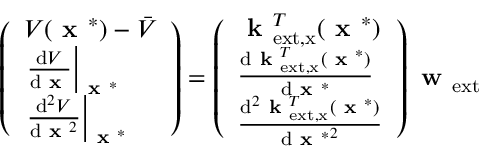
\left( \begin{array} { l } { V ( \textbf { x } ^ { * } ) - \bar { V } } \\ { \left. \frac { \mathrm { d } V } { \mathrm { d } \textbf { x } } \right| _ { \textbf { x } ^ { * } } } \\ { \left. \frac { \mathrm { d } ^ { 2 } V } { \mathrm { d } \textbf { x } ^ { 2 } } \right| _ { \textbf { x } ^ { * } } } \end{array} \right) = \left( \begin{array} { l } { \textbf { k } _ { \mathrm { e x t , x } } ^ { T } ( \textbf { x } ^ { * } ) } \\ { \frac { \mathrm { d } \textbf { k } _ { \mathrm { e x t , x } } ^ { T } ( \textbf { x } ^ { * } ) } { \mathrm { d } \textbf { x } ^ { * } } } \\ { \frac { \mathrm { d } ^ { 2 } \textbf { k } _ { \mathrm { e x t , x } } ^ { T } ( \textbf { x } ^ { * } ) } { \mathrm { d } { \textbf { x } ^ { * } } ^ { 2 } } } \end{array} \right) \textbf { w } _ { \mathrm { e x t } }